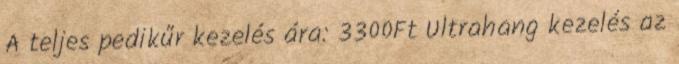
A teljes pedikűr kezelés ára: 3300Ft Ultrahang kezelés az